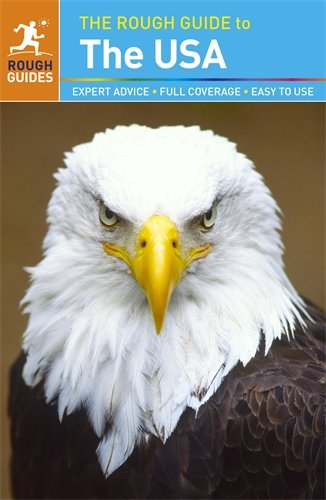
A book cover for The Rough Guide to the USA; Rough Guides; Travel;